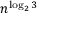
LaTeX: n ^ { \log _ { 2 } 3 }